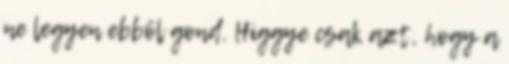
ne legyen ebből gond. Higgye csak azt, hogy a